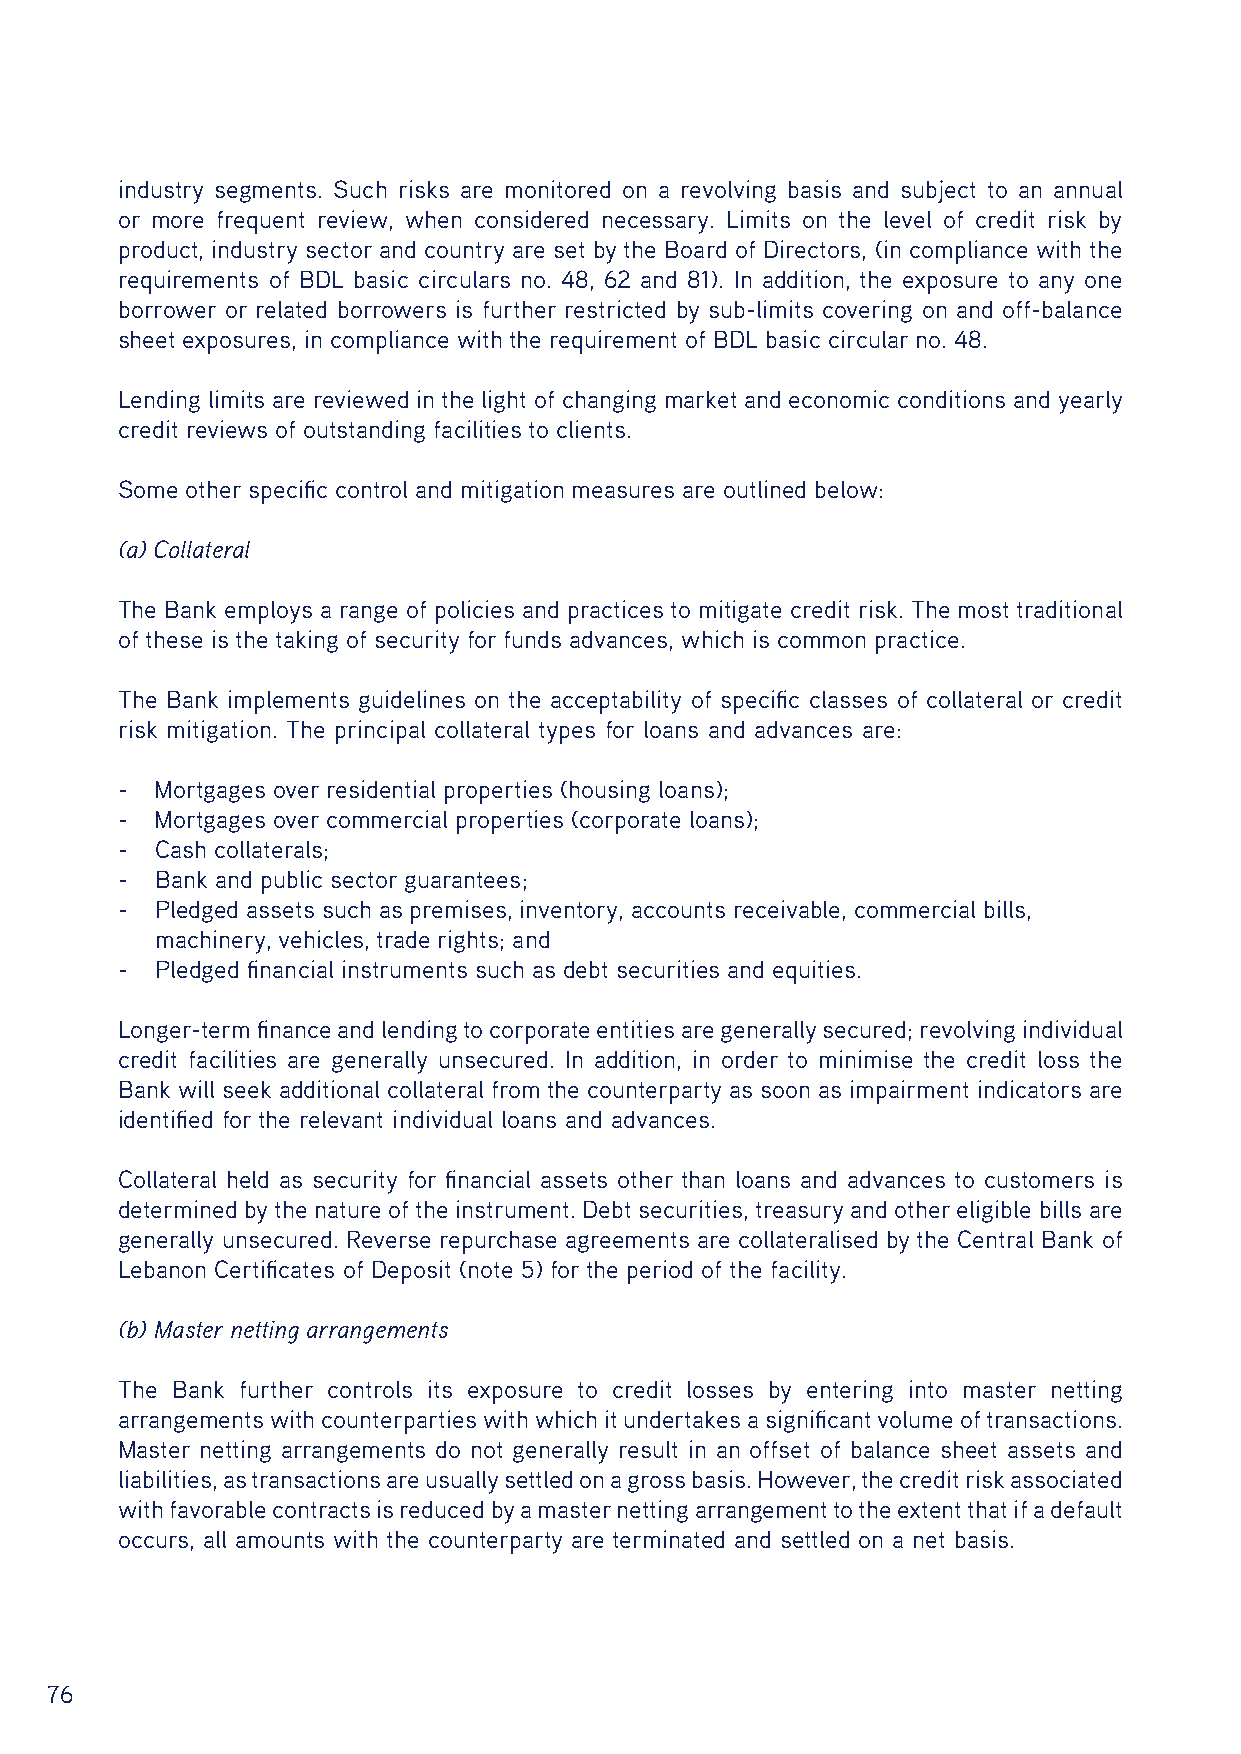
industry segments. Such risks are monitored on a revolving basis and subject to an annual
 or more frequent review, when considered necessary. Limits on the level of credit risk by
 product, industry sector and country are set by the Board of Directors, (in compliance with the
 requirements of BDL basic circulars no. 48, 62 and 81). In addition, the exposure to any one
 borrower or related borrowers is further restricted by sub-limits covering on and off-balance
 sheet exposures, in compliance with the requirement of BDL basic circular no. 48.
 Lending limits are reviewed in the light of changing market and economic conditions and yearly
 credit reviews of outstanding facilities to clients.
 Some other specific control and mitigation measures are outlined below:
 (a) Collateral
 The Bank employs a range of policies and practices to mitigate credit risk. The most traditional
 of these is the taking of security for funds advances, which is common practice.
 The Bank implements guidelines on the acceptability of specific classes of collateral or credit
 risk mitigation. The principal collateral types for loans and advances are:
 - Mortgages over residential properties (housing loans);
 - Mortgages over commercial properties (corporate loans);
 - Cash collaterals;
 - Bank and public sector guarantees;
 - Pledged assets such as premises, inventory, accounts receivable, commercial bills,
 machinery, vehicles, trade rights; and
 - Pledged financial instruments such as debt securities and equities.
 Longer-term finance and lending to corporate entities are generally secured; revolving individual
 credit facilities are generally unsecured. In addition, in order to minimise the credit loss the
 Bank will seek additional collateral from the counterparty as soon as impairment indicators are
 identified for the relevant individual loans and advances.
 Collateral held as security for financial assets other than loans and advances to customers is
 determined by the nature of the instrument. Debt securities, treasury and other eligible bills are
 generally unsecured. Reverse repurchase agreements are collateralised by the Central Bank of
 Lebanon Certificates of Deposit (note 5) for the period of the facility.
 (b) Master netting arrangements
 The Bank further controls its exposure to credit losses by entering into master netting
 arrangements with counterparties with which it undertakes a significant volume of transactions.
 Master netting arrangements do not generally result in an offset of balance sheet assets and
 liabilities, as transactions are usually settled on a gross basis. However, the credit risk associated
 with favorable contracts is reduced by a master netting arrangement to the extent that if a default
 occurs, all amounts with the counterparty are terminated and settled on a net basis.
 76